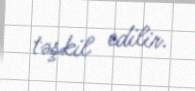
təşkil edilir.